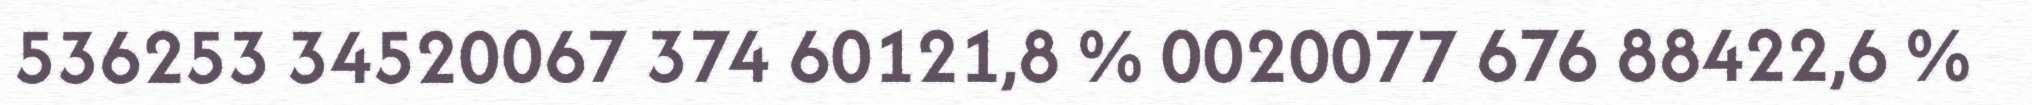
536253 34520067 374 60121,8 % 0020077 676 88422,6 %